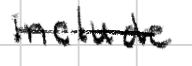
Text: include
Cross-out: single-line
Writing tool: digital_black